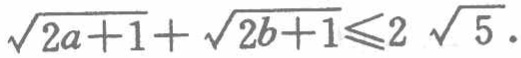
\(\sqrt{2a + 1}+\sqrt{2b + 1}\leqslant2\sqrt{5}\)